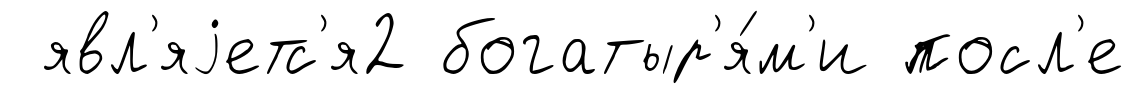
явл'яjетс'я2 богатыр'я́м'и посл'е